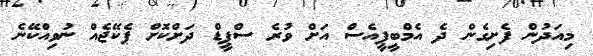
މިއަދުން ފެށިގެން ދެ އެމްބީޕީއެސް އަށް ވުރެ ސްޕީޑް ދަށްކޮށް ޕެކޭޖެއް ނުވިއްކޭނެ